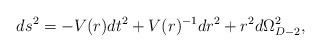
LaTeX: \begin{align*}ds^2 = -V(r) dt^2 + V(r)^{-1} dr^2 + r^2 d\Omega_{D-2}^2,\end{align*}